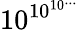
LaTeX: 10^{\, \! 10^{10^{...}}}